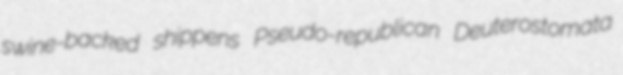
swine-backed shippens Pseudo-republican Deuterostomata